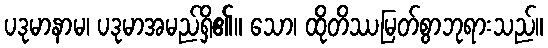
ပဒုမာနာမ၊ ပဒုမာအမည်ရှိ၏။ သော၊ ထိုတိဿမြတ်စွာဘုရားသည်။